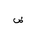
Letter: _dad